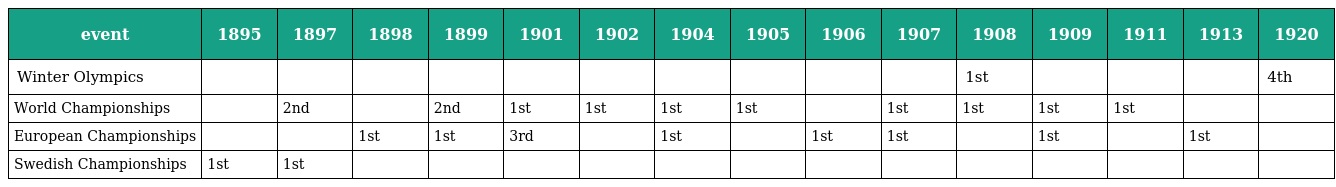
| event | 1895 | 1897 | 1898 | 1899 | 1901 | 1902 | 1904 | 1905 | 1906 | 1907 | 1908 | 1909 | 1911 | 1913 | 1920 |
 | --- | --- | --- | --- | --- | --- | --- | --- | --- | --- | --- | --- | --- | --- | --- | --- |
 | Winter Olympics |  |  |  |  |  |  |  |  |  |  | 1st |  |  |  | 4th |
 | World Championships |  | 2nd |  | 2nd | 1st | 1st | 1st | 1st |  | 1st | 1st | 1st | 1st |  |  |
 | European Championships |  |  | 1st | 1st | 3rd |  | 1st |  | 1st | 1st |  | 1st |  | 1st |  |
 | Swedish Championships | 1st | 1st |  |  |  |  |  |  |  |  |  |  |  |  |  |